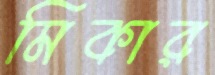
মিকার